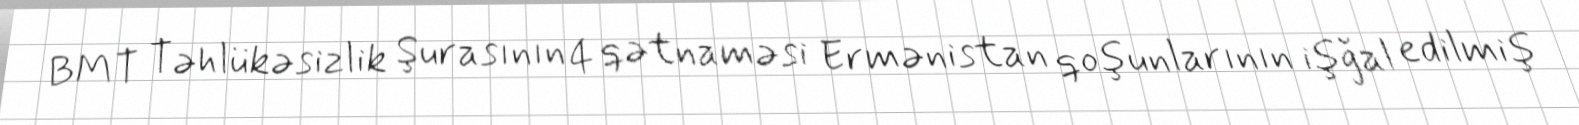
BMT Təhlükəsizlik Şurasının 4 qətnaməsi Ermənistan qoşunlarının işğal edilmiş